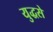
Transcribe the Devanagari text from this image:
युद्धसे